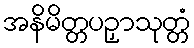
အနိမိတ္တပဉှာသုတ္တံ